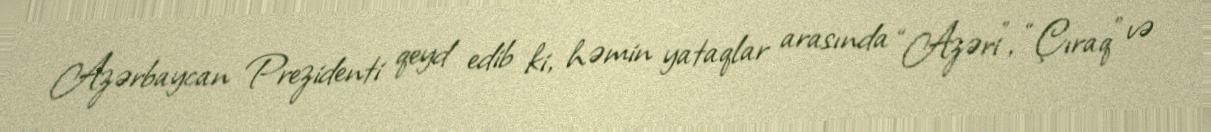
Azərbaycan Prezidenti qeyd edib ki, həmin yataqlar arasında “Azəri”, “Çıraq” və